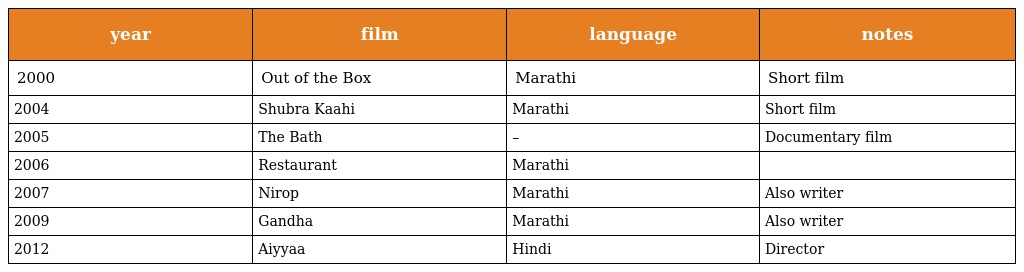
| year | film | language | notes |
 | --- | --- | --- | --- |
 | 2000 | Out of the Box | Marathi | Short film |
 | 2004 | Shubra Kaahi | Marathi | Short film |
 | 2005 | The Bath | – | Documentary film |
 | 2006 | Restaurant | Marathi |  |
 | 2007 | Nirop | Marathi | Also writer |
 | 2009 | Gandha | Marathi | Also writer |
 | 2012 | Aiyyaa | Hindi | Director |